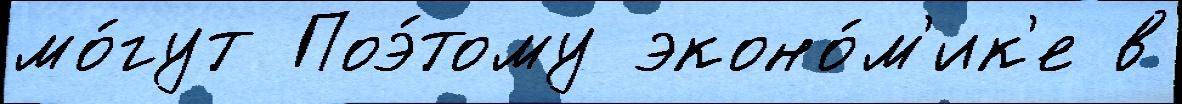
мо́гут Поэ́тому эконо́м'ик'е в